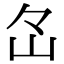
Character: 𡵁